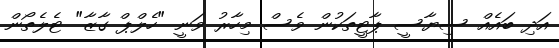
އަދި ބައެއް ސިޔާސީ ޕާޓީތަކުން ވެސް މިހާރު ވަނީ "ހެލްޕް ގާޒާ" ޓެލެތޯން